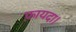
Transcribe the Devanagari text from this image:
फ़ायदा।